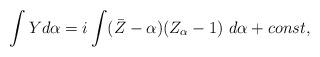
LaTeX: \begin{align*}\int Y d\alpha = i \int (\bar Z-\alpha)(Z_\alpha -1) \ d\alpha + const,\end{align*}